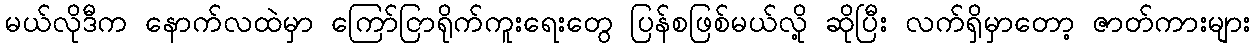
မယ်လိုဒီက နောက်လထဲမှာ ကြော်ငြာရိုက်ကူးရေးတွေ ပြန်စဖြစ်မယ်လို့ ဆိုပြီး လက်ရှိမှာတော့ ဇာတ်ကားများ